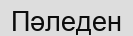
Пәледен